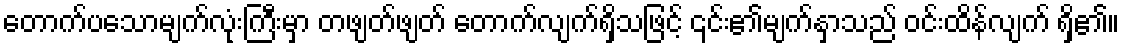
တောက်ပသောမျက်လုံးကြီးမှာ တဖျတ်ဖျတ် တောက်လျက်ရှိသဖြင့် ၎င်း၏မျက်နှာသည် ဝင်းထိန်လျက် ရှိ၏။